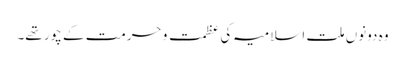
وہ دونوں ملت اسلامیہ کی عظمت و حرمت کے چور تھے۔